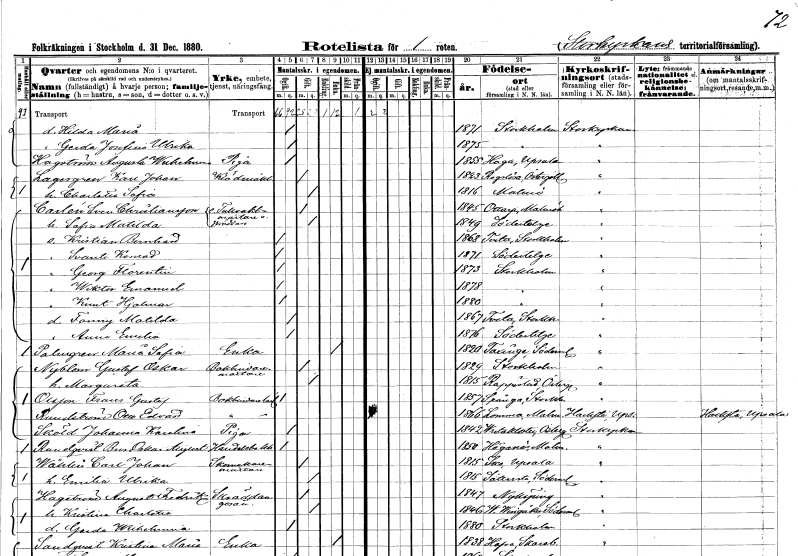
gt_parse: households: individuals: FN: Hilda Maria
KON: K
CIV: O
FODAR: 1871
FODFORS: Stockholm
FN: Gerda Josefina Ulrika
KON: K
CIV: O
FODAR: 1875
FODFORS: Stockholm
FN: Augusta Wilhelmina
EN: Hagström
YRKE: Piga
KON: K
CIV: O
FODAR: 1855
FODFORS: Haga Stockholms län
FN: Karl Johan
EN: Lagergren
YRKE: Klädmäklare
KON: M
CIV: G
FODAR: 1823
FODFORS: Rogslösa Östergötlands län
FN: Charlotta Sofia
KON: K
CIV: G
FODAR: 1816
FODFORS: Malmö Malmöhus län
FN: Sven
EN: Carlén Christiansson
YRKE: Tullvaktmästare Skräddare
KON: M
CIV: G
FODAR: 1845
FODFORS: Ottarp Malmöhus län
FN: Sofia Matilda
KON: K
CIV: G
FODAR: 1849
FODFORS: Södertälje Stockholms län
FN: Kristian Bernhard
KON: M
CIV: O
FODAR: 1868
FODFORS: Tveta Stockholms län
FN: Svante Konrad
KON: M
CIV: O
FODAR: 1871
FODFORS: Södertälje Stockholms län
FN: Georg Florentin
KON: M
CIV: O
FODAR: 1873
FODFORS: Stockholm
FN: Wiktor Emanuel
KON: M
CIV: O
FODAR: 1878
FODFORS: Stockholm
FN: Knut Hjalmar
KON: M
CIV: O
FODAR: 1880
FODFORS: Stockholm
FN: Fanny Matilda
KON: K
CIV: O
FODAR: 1867
FODFORS: Tveta Stockholms län
FN: Anna Emelia
KON: K
CIV: O
FODAR: 1876
FODFORS: Södertälje Stockholms län
FN: Maria Sofia
EN: Palmgren
YRKE: Änka
KON: K
CIV: E
FODAR: 1820
FODFORS: Taxinge Stockholms län
FN: Gustaf Oskar
EN: Nyblom
YRKE: Bokbinderiarbetare
KON: M
CIV: G
FODAR: 1829
FODFORS: Stockholm
FN: Margareta
KON: K
CIV: G
FODAR: 1815
FODFORS: Rappestad Östergötlands län
FN: Frans Gustaf
EN: Olsson
YRKE: Bokbindarelärling
KON: M
CIV: O
FODAR: 1857
FODFORS: Spånga Stockholms län
FN: Otto Edvard
EN: Rundström
YRKE: Bokbindarelärling
KON: M
CIV: O
FODAR: 1866
FODFORS: Lomma Malmöhus län
FN: Johanna Karolina
EN: Sköld
YRKE: Piga
KON: K
CIV: O
FODAR: 1842
FODFORS: Vreta kloster Östergötlands län
FN: Bror Oskar August
EN: Rundqvist
YRKE: Handelsbokhållare
KON: M
CIV: O
FODAR: 1850
FODFORS: Höganäs Malmöhus län
FN: Carl Johan
EN: Wåhlin
YRKE: Skomakarmäster
KON: M
CIV: G
FODAR: 1815
FODFORS: Sko Uppsala län
FN: Emilia Ulrika
KON: K
CIV: G
FODAR: 1815
FODFORS: Sättersta Södermanlands län
FN: August Fredrik
EN: Hagström
YRKE: Skräddaregesäll
KON: M
CIV: G
FODAR: 1847
FODFORS: Nyköping Södermanlands län
FN: Kristina Charlotta
KON: K
CIV: G
FODAR: 1846
FODFORS: Västra Vingåker Södermanlands län
FN: Gerda Wilhelmina
KON: K
CIV: O
FODAR: 1880
FODFORS: Stockholm